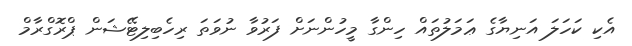
އެކި ކަހަލަ އަނިޔާގެ ޢަމަލުތައް ހިންގާ މީހުންނަށް ފަރުވާ ނުވަތަ ރިހެބިލިޓޭޝަން ޕްރޮގްރާމް